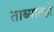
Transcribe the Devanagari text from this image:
ताब्यातही